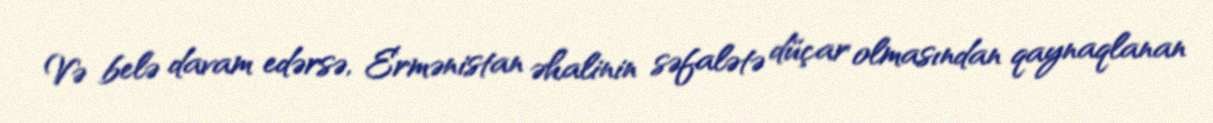
Və belə davam edərsə, Ermənistan əhalinin səfalətə düçar olmasından qaynaqlanan